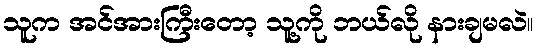
သူက အင်အားကြီးတော့ သူ့ကို ဘယ်လို နားချမလဲ။